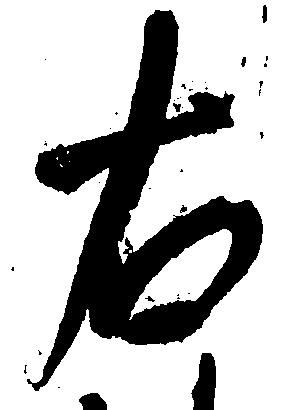
右